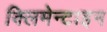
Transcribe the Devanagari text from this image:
क्लिमेन्टाइन